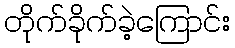
တိုက်ခိုက်ခဲ့ကြောင်း